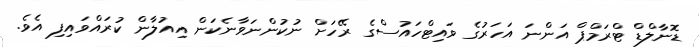
ޑޮނާލްޑް ޓްރަމްޕް އަންނަ އަހަރުގެ ވައިޓްހައުސްގެ ރޭހަށް ނުކުންނަވާނެކަން އިއުލާން ކުރައްވައިފި އެވެ.